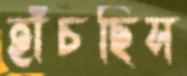
হাঁচছিস